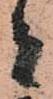
者